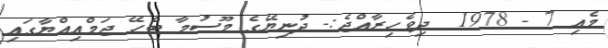
މެއި 7 - 1978  ދިވެހިރާއްޖެ:- ދުނިޔޭގެ މޫސުމާ ބެހޭ ޖަމްއިއްޔާގައި